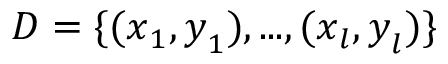
D = \{ ( \boldsymbol { x } _ { 1 } , \boldsymbol { y } _ { 1 } ) , . . . , ( \boldsymbol { x } _ { l } , \boldsymbol { y } _ { l } ) \}